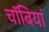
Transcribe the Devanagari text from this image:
चॉबियां